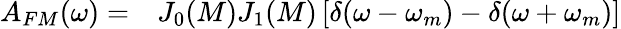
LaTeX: \begin{array}{rl}{A_{FM}(\omega)=}&{{}J_{0}(M)J_{1}(M)\left[\delta(\omega-\omega_{m})-\delta(\omega+\omega_{m})\right]}\end{array}